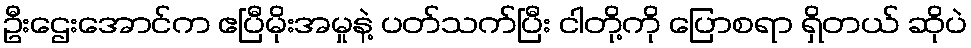
ဦးဌေးအောင်က ဧပြီမိုးအမှုနဲ့ ပတ်သက်ပြီး ငါတို့ကို ပြောစရာ ရှိတယ် ဆိုပဲ